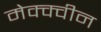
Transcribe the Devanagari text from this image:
मेक्क्वीन